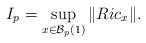
LaTeX: \begin{align*}I_p=\sup\limits_{x\in\mathcal{B}_p(1)}\Vert Ric_x\Vert.\end{align*}